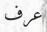
عرف